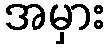
အမှား